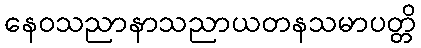
နေဝသညာနာသညာယတနသမာပတ္တိ